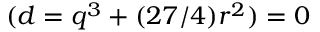
( d = q ^ { 3 } + ( 2 7 / 4 ) r ^ { 2 } ) = 0